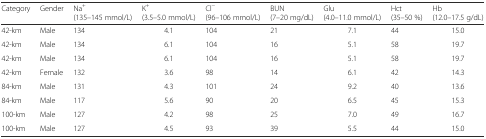
| Category | Gender | Na+ (135–145 mmol/L) | K+ (3.5–5.0 mmol/L) | Cl− (96–106 mmol/L) | BUN (7–20 mg/dL) | Glu (4.0–11.0 mmol/L) | Hct (35–50 %) | Hb (12.0–17.5 g/dL) |
 | --- | --- | --- | --- | --- | --- | --- | --- | --- |
 | 42-km | Male | 134 | 4.1 | 104 | 21 | 7.1 | 44 | 15.0 |
 | 42-km | Male | 134 | 6.1 | 104 | 16 | 5.1 | 58 | 19.7 |
 | 42-km | Male | 134 | 6.1 | 104 | 16 | 5.1 | 58 | 19.7 |
 | 42-km | Female | 132 | 3.6 | 98 | 14 | 6.1 | 42 | 14.3 |
 | 84-km | Male | 131 | 4.3 | 101 | 24 | 9.2 | 40 | 13.6 |
 | 84-km | Male | 117 | 5.6 | 90 | 20 | 6.5 | 45 | 15.3 |
 | 100-km | Male | 127 | 4.2 | 98 | 25 | 7.0 | 49 | 16.7 |
 | 100-km | Male | 127 | 4.5 | 93 | 39 | 5.5 | 44 | 15.0 |